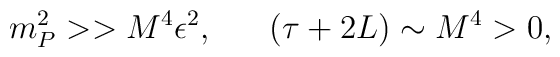
m^2_P >> M^4\epsilon^2, ~~~~~(\tau + 2L) \sim M^4 > 0,